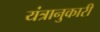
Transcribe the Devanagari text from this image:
यंत्रानुकारी